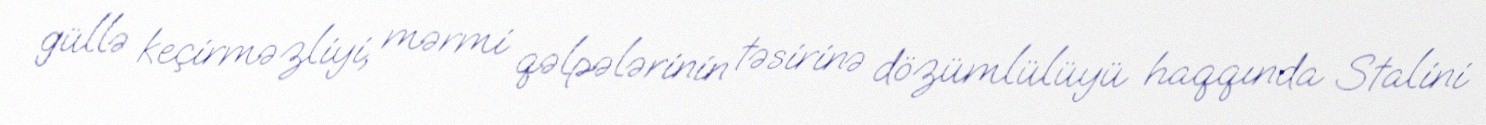
güllə keçirməzliyi, mərmi qəlpələrinin təsirinə dözümlülüyü haqqında Stalini